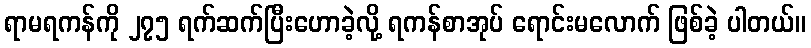
ရာမရကန်ကို ၂၇၅ ရက်ဆက်ပြီးဟောခဲ့လို့ ရကန်စာအုပ် ရောင်းမလောက် ဖြစ်ခဲ့ ပါတယ်။